Lunatic asylums in Bengal annual reports 1899-1911 - 1899-1911
Year: 1899
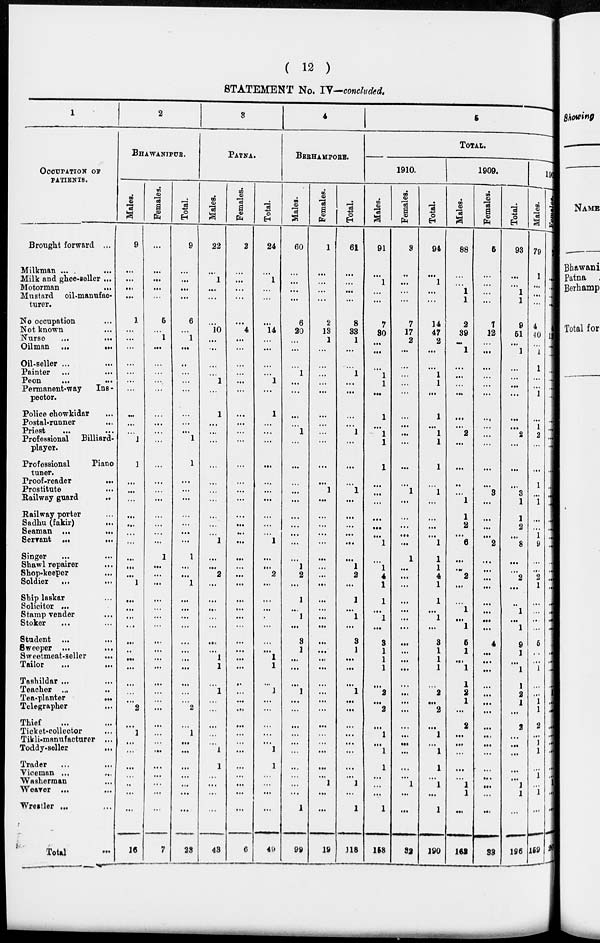
( 12 )
STATEMENT No. IV—concluded.
1
OCCUPATION
OF
PATIENTS.
Brought forward ...
Milkman ... ...
Milk and ghee-seller ...
Motorman
...
Mustard
oil-manufac-
turer.
No occupation
...
Not known
...
Nurse
...
...
Oilman
...
...
Oil-seller ... ...
Painter
...
...
Peon
...
...
Permanent-way
Ins -
pector.
Police chowkidar ...
Postal-runner ...
Priest
...
...
Professional
Billiard-
player.
Professional
Piano
tuner.
Proof-reader
...
Prostitute ...
Railway guard
...
Railway porter ...
Sadhu (fakir) ...
Seaman
...
...
Servant
...
...
Singer ... ...
Shawl repairer ...
Shop-keeper ...
Soldier ... ...
Ship laskar ...
Solicitor ...
Stamp vender ...
Stoker ... ...
Student ...
...
Sweeper
...
...
Sweetmeat-seller
...
Tailor
...
...
Tashildar ... ...
Teacher ... ...
Tea-planter
...
Telegrapher ...
Thief ... ...
Ticket-collector ...
Tikli-manufacturer ...
Toddy-seller
...
Trader ... ...
Viceman
...
...
Washerman ... ...
Weaver ... ...
Wrestler ... ...
Total ...
2
BHAWANIPUR.
Males.
9
...
...
...
...
1
...
...
...
...
...
...
...
...
...
...
1
1
...
...
...
...
...
...
...
...
...
...
1
...
...
...
...
...
...
...
...
...
...
...
2
...
1
...
...
...
...
...
...
...
16
Females.
...
...
...
...
...
6
...
1
...
...
...
...
...
...
...
...
...
...
...
...
...
...
...
...
...
1
...
...
...
...
...
...
...
...
...
...
...
...
...
...
...
...
...
...
...
...
...
...
...
...
7
Total.
9
...
...
...
...
6
...
1
...
...
...
...
...
...
...
...
1
1
...
...
...
...
...
...
...
1
...
...
1
...
...
...
...
...
...
...
...
...
...
...
2
...
1
...
...
...
...
...
...
...
23
3
PATNA.
Males.
22
...
1
...
...
...
10
...
...
...
...
1
...
1
...
...
...
...
...
...
...
...
...
...
1
...
...
2
...
...
...
...
...
...
...
1
1
...
1
...
...
...
...
...
1
1
...
...
...
...
43
Females.
2
...
...
...
...
...
4
...
...
...
...
...
...
...
...
...
...
...
...
...
...
...
...
...
...
...
...
...
...
...
...
...
...
...
...
...
...
...
...
...
...
...
. ..
...
...
...
...
...
...
...
6
Total.
24
...
1
...
...
...
14
...
...
...
...
1
...
1
...
...
...
...
...
...
...
...
...
...
1
...
...
2
...
...
...
....
...
...
...
1
1
...
1
...
...
...
...
...
1
1
...
...
...
...
49
4
BERHAMPORE.
Males.
60
...
...
...
...
6
20
...
...
...
1
...
...
...
...
1
...
...
...
...
...
...
...
...
...
...
1
2
...
1
...
1
...
3
1
...
...
...
1
...
...
...
...
...
...
...
...
...
...
1
99
Females.
1
...
...
...
...
2
13
1
...
...
...
...
...
...
...
...
...
...
...
1
...
...
...
...
...
...
...
...
...
...
...
...
...
...
...
...
...
...
...
...
...
...
...
...
...
...
...
1
...
...
19
Total.
61
...
...
...
...
8
33
1
...
...
1
...
...
...
...
1
...
...
...
1
...
...
...
...
...
...
1
2
...
1
...
1
...
3
1
...
...
...
1
...
...
...
...
...
...
...
...
1
...
1
118
5
TOTAL.
1910.
Males.
91
...
1
...
...
7
30
...
...
...
1
1
...
1
...
1
1
1
...
...
...
...
...
...
1
...
1
4
1
1
...
1
...
3
1
1
1
...
2
...
2
...
1
...
1
1
...
...
...
1
158
Females.
3
..
...
...
...
7
17
2
...
...
...
...
...
...
...
...
...
...
...
1
...
...
...
...
...
1
...
...
...
...
...
...
...
...
...
...
...
...
...
...
...
...
...
...
...
...
...
1
...
...
32
Total.
94
...
1
...
...
14
47
2
...
...
1
1
...
1
...
1
1
1
...
1
...
...
...
...
1
1
1
4
1
1
...
1
...
3
1
1
1
...
2
...
2
...
1
...
1
1
...
1
...
1
190
1909.
Males.
88
...
...
1
1
2
39
...
1
...
...
...
...
...
...
2
...
...
...
...
1
1
2
...
6
...
...
2
...
...
1
...
1
5
1
...
1
1
2
1
...
2
...
...
...
...
...
1
1
...
162
Females.
5
...
...
...
...
7
12
...
...
...
...
...
...
...
...
...
...
...
...
3
...
...
...
...
2
...
...
...
...
...
...
...
...
4
...
...
...
...
...
...
...
...
...
...
...
...
...
...
...
...
33
Total.
93
...
...
1
1
9
51
...
1
...
...
...
...
...
...
2
...
...
...
3
1
1
2
...
8
...
...
2
...
...
1
...
1
9
1
...
1
1
2
1
...
2
...
...
...
...
...
1
1
...
196
1908.
Males.
79
1
...
...
...
4
40
...
1
1
...
...
1
...
1
2
...
...
1
...
1
...
...
1
9
...
...
2
1
...
...
..
...
5
...
...
1
...
...
1
1
2
...
1
1
...
1
...
1
...
159
Females.
7
...
...
...
...
1
13
...
...
...
...
...
...
...
...
...
...
...
...
...
...
...
...
...
...
...
...
...
...
...
..
...
...
...
...
...
...
...
1
...
...
...
...
...
...
...
...
1
...
...
26